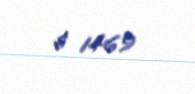
$ 1469